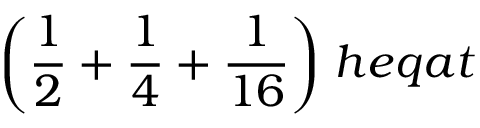
{ \bigg ( } { \frac { 1 } { 2 } } + { \frac { 1 } { 4 } } + { \frac { 1 } { 1 6 } } { \bigg ) } \; h e q a t